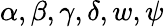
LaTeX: \alpha,\beta,\gamma,\delta,w,\psi